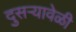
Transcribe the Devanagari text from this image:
दुसर्‍यावेळी